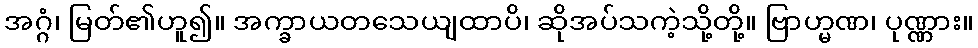
အဂ္ဂံ၊ မြတ်၏ဟူ၍။ အက္ခာယတသေယျထာပိ၊ ဆိုအပ်သကဲ့သို့တို့။ ဗြာဟ္မဏ၊ ပုဏ္ဏား။